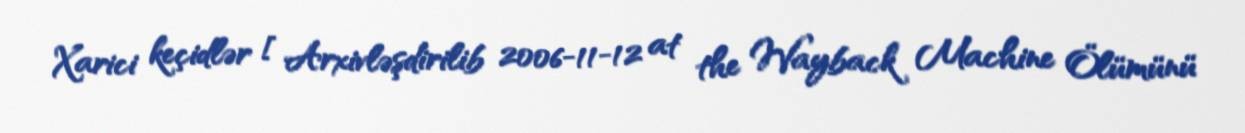
Xarici keçidlər [ Arxivləşdirilib 2006-11-12 at the Wayback Machine Ölümünü